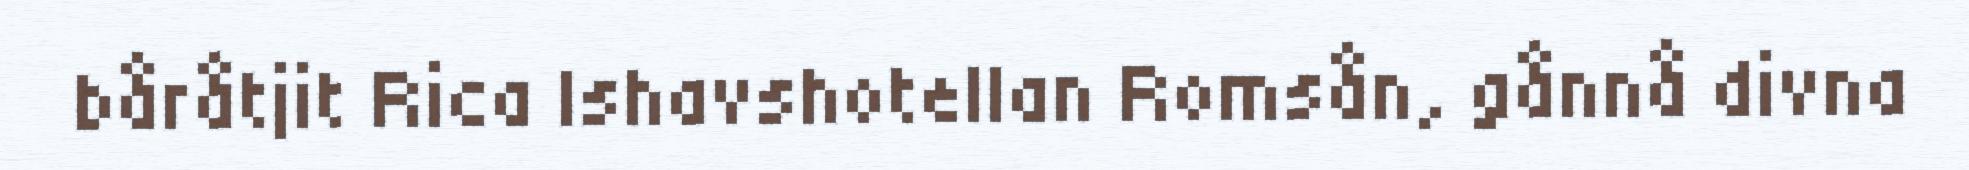
båråtjit Rica Ishavshotellan Romsån, gånnå divna